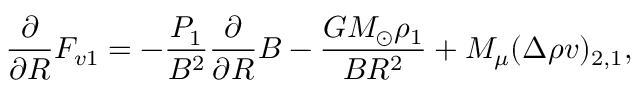
\frac { \partial } { \partial R } F _ { v 1 } = - \frac { P _ { 1 } } { B ^ { 2 } } \frac { \partial } { \partial R } B - \frac { G M _ { \odot } \rho _ { 1 } } { B R ^ { 2 } } + M _ { \mu } ( \Delta \rho v ) _ { 2 , 1 } ,